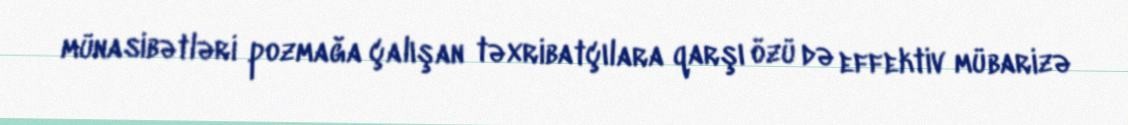
münasibətləri pozmağa çalışan təxribatçılara qarşı özü də effektiv mübarizə